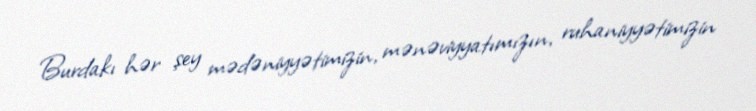
Burdakı hər şey mədəniyyətimizin, mənəviyyatımızın, ruhaniyyətimizin